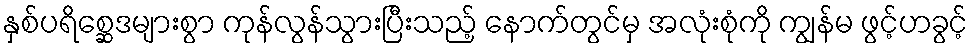
နှစ်ပရိစ္ဆေဒများစွာ ကုန်လွန်သွားပြီးသည့် နောက်တွင်မှ အလုံးစုံကို ကျွန်မ ဖွင့်ဟခွင့်